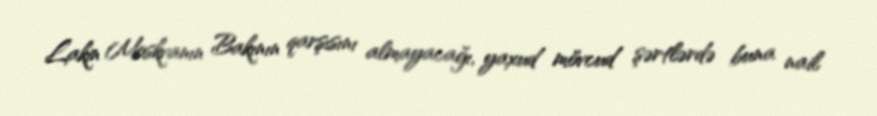
Lakin Moskvanın Bakının qarşısını almayacağı, yaxud mövcud şərtlərdə buna nail